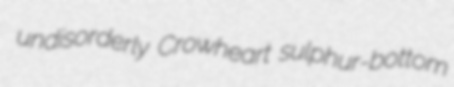
undisorderly Crowheart sulphur-bottom